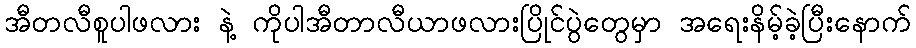
အီတလီစူပါဖလား နဲ့ ကိုပါအီတာလီယာဖလားပြိုင်ပွဲတွေမှာ အရေးနိမ့်ခဲ့ပြီးနောက်